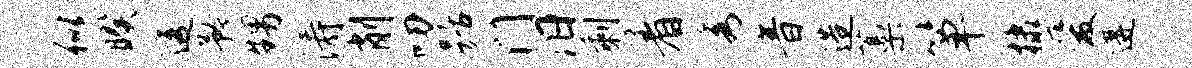
似暌透矜甥涛削叨踞门汨剩着秀音造藁箪棣爱遘